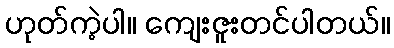
ဟုတ်ကဲ့ပါ။ ကျေးဇူးတင်ပါတယ်။